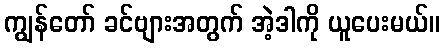
ကျွန်တော် ခင်ဗျားအတွက် အဲ့ဒါကို ယူပေးမယ်။